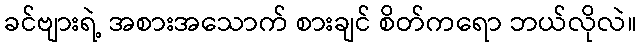
ခင်ဗျားရဲ့ အစားအသောက် စားချင် စိတ်ကရော ဘယ်လိုလဲ။